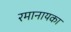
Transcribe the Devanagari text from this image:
रमानायका